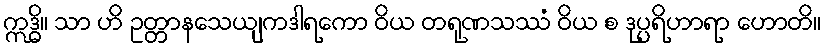
ဣဒ္ဓိ။ သာ ဟိ ဥတ္တာနသေယျကဒါရကော ဝိယ တရုဏသဿံ ဝိယ စ ဒုပ္ပရိဟာရာ ဟောတိ။